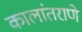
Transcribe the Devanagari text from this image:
कालांतराणे